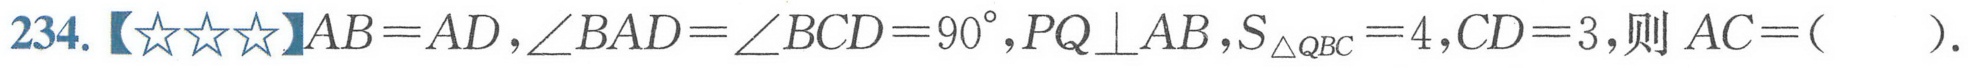
234.【★★★】\(AB = AD,\angle BAD=\angle BCD = 90^{\circ},PQ\perp AB,S_{\triangle QBC}=4,CD = 3\),则 \(AC=(\ \ \ \ \ )\).